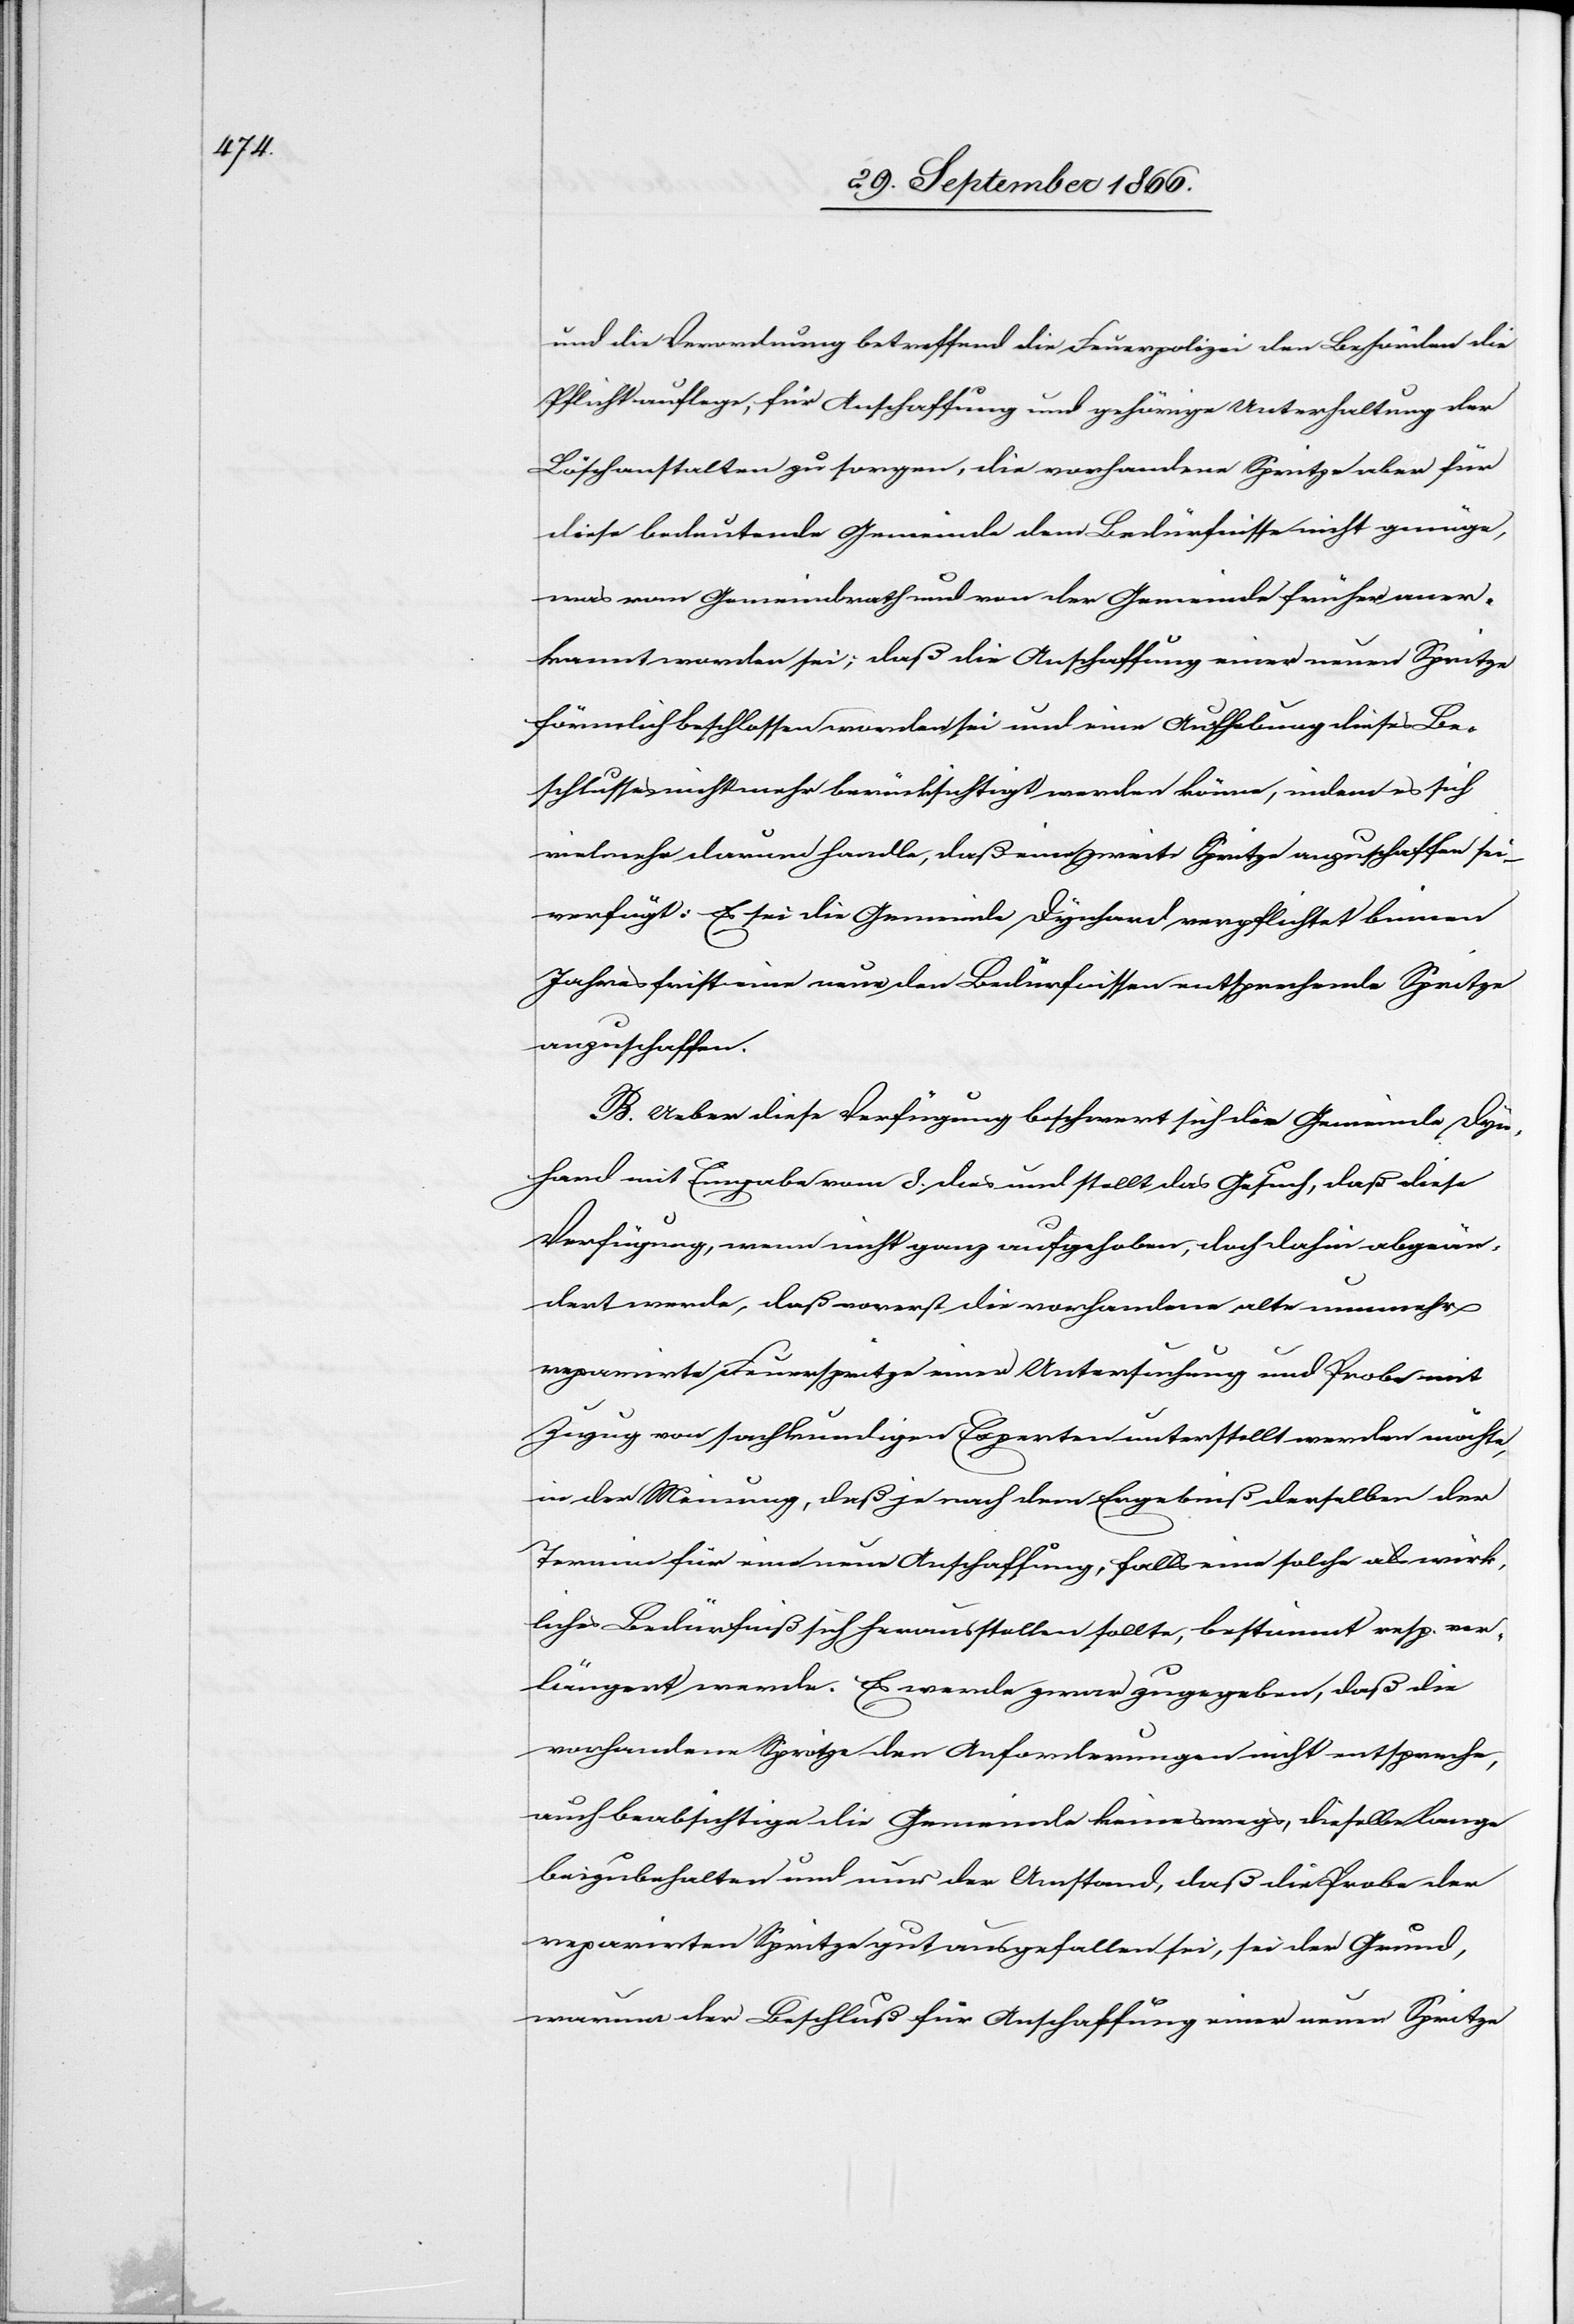
414

31. Dezember 1865